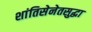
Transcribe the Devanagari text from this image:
शांतिसेनेतसुद्धा